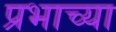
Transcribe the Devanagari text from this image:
प्रभाच्या